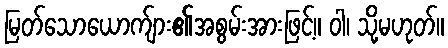
မြတ်သောယောက်ျား၏အစွမ်းအားဖြင့်။ ဝါ၊ သို့မဟုတ်။